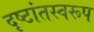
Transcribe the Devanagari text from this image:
दृष्टांतस्वरूप